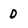
Character: D